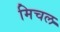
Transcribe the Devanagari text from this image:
मिचल